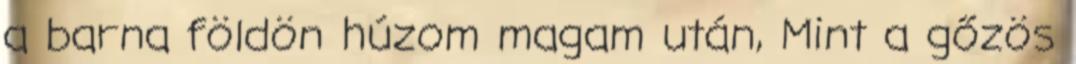
a barna földön húzom magam után, Mint a gőzös